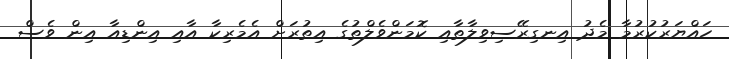
ހައްޔަރުކުރުމާ މެދު އިނގިރޭސިވިލާތާއި ކޮމަންވެލްތުގެ އިތުރަށް އެމެރިކާ އާއި އިންޑިއާ އިން ވެސް